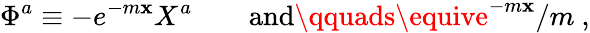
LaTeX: \Phi^{a}\equiv-e^{-m\mathbf{x}}X^{a}\qquad\mathrm{{and}}\qquads\equive^{-m\mathbf{x}}/m\ ,